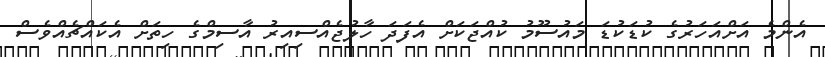
އެންމެ އަށްއަހަރުގެ ކުޑަކުޑަ މައުސޫމު ކުއްޖަކަށް އެފަދަ ހާލުޖެއްސިއިރު އާސިމްގެ ހިތަށް އެކައްޗެއްވެސް